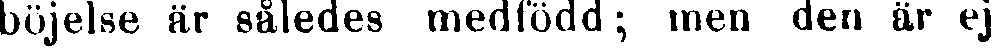
böjelse är således medfödd; men den är ej